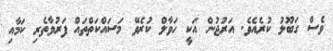
ވެސް ގަބޫލު ކުރެއެވެ. އަރުޖުން އަކީ ހަވާލް ކުރެވޭ މަސައްކަތްތައް ފަރުވާތެރި ކަމާއި